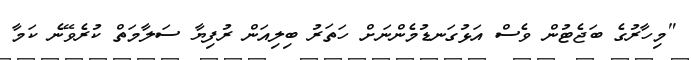
"މިހާރުގެ ބަޖެޓުން ވެސް އަޅުގަނޑުމެންނަށް ހަތަރު ބިލިއަން ރުފިޔާ ސަލާމަތް ކުރެވޭނެ ކަމާ